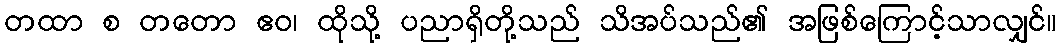
တထာ စ တတော ဧဝ၊ ထိုသို့ ပညာရှိတို့သည် သိအပ်သည်၏ အဖြစ်ကြောင့်သာလျှင်။